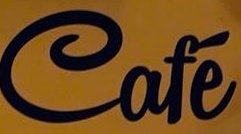
Cafe